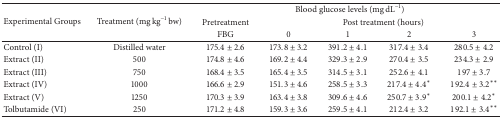
| <ROWSPAN=3> Experimental Groups | <ROWSPAN=3> Treatment (mg kg−1 bw) | <COLSPAN=5> Blood glucose levels (mg dL−1) |
 | Pretreatment | <COLSPAN=4> Post treatment (hours) |
 | FBG | 0 | 1 | 2 | 3 |
 | --- | --- | --- | --- | --- | --- | --- |
 | Control (I) | Distilled water | 175.4 ± 2.6 | 173.8 ± 3.2 | 391.2 ± 4.1 | 317.4 ± 3.4 | 280.5 ± 4.2 |
 | Extract (II) | 500 | 174.8 ± 4.6 | 169.2 ± 4.4 | 329.3 ± 2.9 | 270.4 ± 3.5 | 234.3 ± 2.9 |
 | Extract (III) | 750 | 168.4 ± 3.5 | 165.4 ± 3.5 | 314.5 ± 3.1 | 252.6 ± 4.1 | 197 ± 3.7 |
 | Extract (IV) | 1000 | 166.6 ± 2.9 | 151.3 ± 4.6 | 258.5 ± 3.3 | 217.4 ± 4.4* | 192.4 ± 3.2** |
 | Extract (V) | 1250 | 170.3 ± 3.9 | 163.4 ± 3.8 | 309.6 ± 4.6 | 250.7 ± 3.9* | 200.1 ± 4.2* |
 | Tolbutamide (VI) | 250 | 171.2 ± 4.8 | 159.3 ± 3.6 | 259.5 ± 4.1 | 212.4 ± 3.2 | 192.1 ± 3.4** |